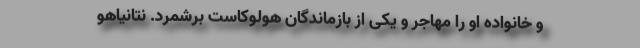
و خانواده او را مهاجر و یکی از بازماندگان هولوکاست برشمرد. نتانیاهو